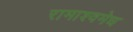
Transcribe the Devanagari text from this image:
रामाश्वमेध